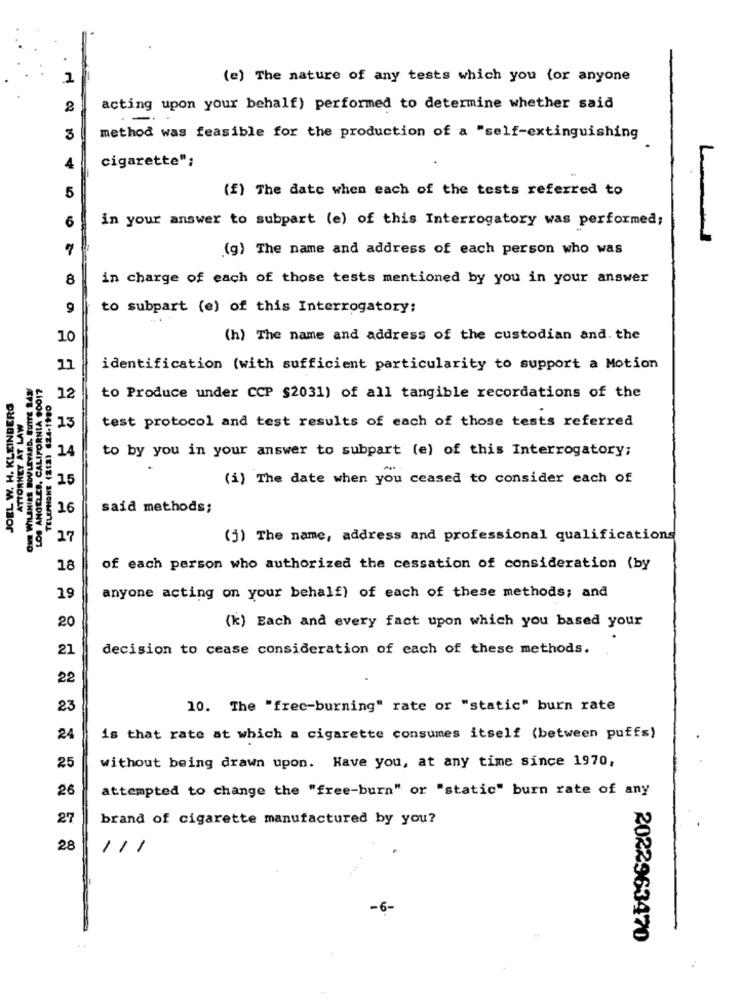
.
2
(e) The nature of any tests which you for anyone
2
acting upon your behalf) performed to determine whether said
-
3
method was feasible for the production of a "self-extinguishing
cigarette";
L
4
(f) The date when each of the tests referred to
5
6
in your answer to subpart (e) of this Interrogatory was performed;
(g) The name and address of each person who was
8
in charge of each of those tests mentioned by you in your answer
9
to subpart (e) of this Interrogatory:
10
(h) The name and address of the custodian and. the
11
identification (with sufficient particularity to support a Motion
ONE WILSHIRE BOULEVARD. SUTTE 843
LOS ANGELES, CALIFORNIA 90017
JOEL W. H. KLEINBERG
12
to Produce under CCP $2031) of all tangible recordations of the
ATTORNEY AT LAW
test protocol and test results of each of those tests referred
13
14
to by you in your answer to subpart (e) of this Interrogatory;
TELEPHONE
15
(i) The date when you ceased to consider each of
16
said methods;
17
(j) The name, address and professional qualifications
18
of each person who authorized the cessation of consideration (by
19
anyone acting on your behalf) of each of these methods; and
20
(k) Each and every fact upon which you based your
21
decision to cease consideration of each of these methods.
22
23
10. The "free-burning" rate or "static" burn rate
24
is that rate at which a cigarette consumes itself (between puffs)
25
without being drawn upon. Have you, at any time since 1970,
26
attempted to change the "free-burn" or "static" burn rate of any
27
brand of cigarette manufactured by you?
28
111
2022963470